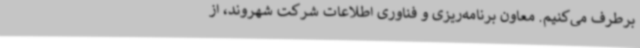
برطرف می‌کنیم. معاون برنامه‌ریزی و فناوری اطلاعات شرکت شهروند، از